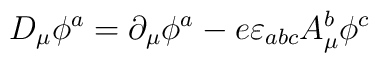
D_{\mu} \phi^a = \partial_{\mu}\phi^a - e \varepsilon_{abc} A_{\mu}^b \phi^c